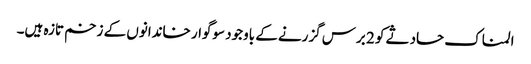
المناک حادثے کو 2 برس گزرنے کے باوجود سوگوار خاندانوں کے زخم تازہ ہیں۔